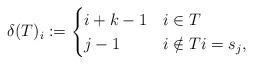
LaTeX: \begin{align*}\delta(T)_i := \begin{cases}i + k - 1 & i \in T \\j - 1 & i \notin T i = s_j,\end{cases}\end{align*}